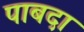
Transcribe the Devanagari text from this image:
पाबदा